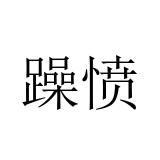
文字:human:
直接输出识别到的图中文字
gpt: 躁愤